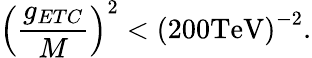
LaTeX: \left({\frac{g_{ETC}}{M}}\right)^{2}<\left(200\mathrm{TeV}\right)^{-2}.